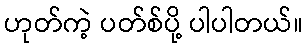
ဟုတ်ကဲ့ ပတ်စ်ပို့ ပါပါတယ်။